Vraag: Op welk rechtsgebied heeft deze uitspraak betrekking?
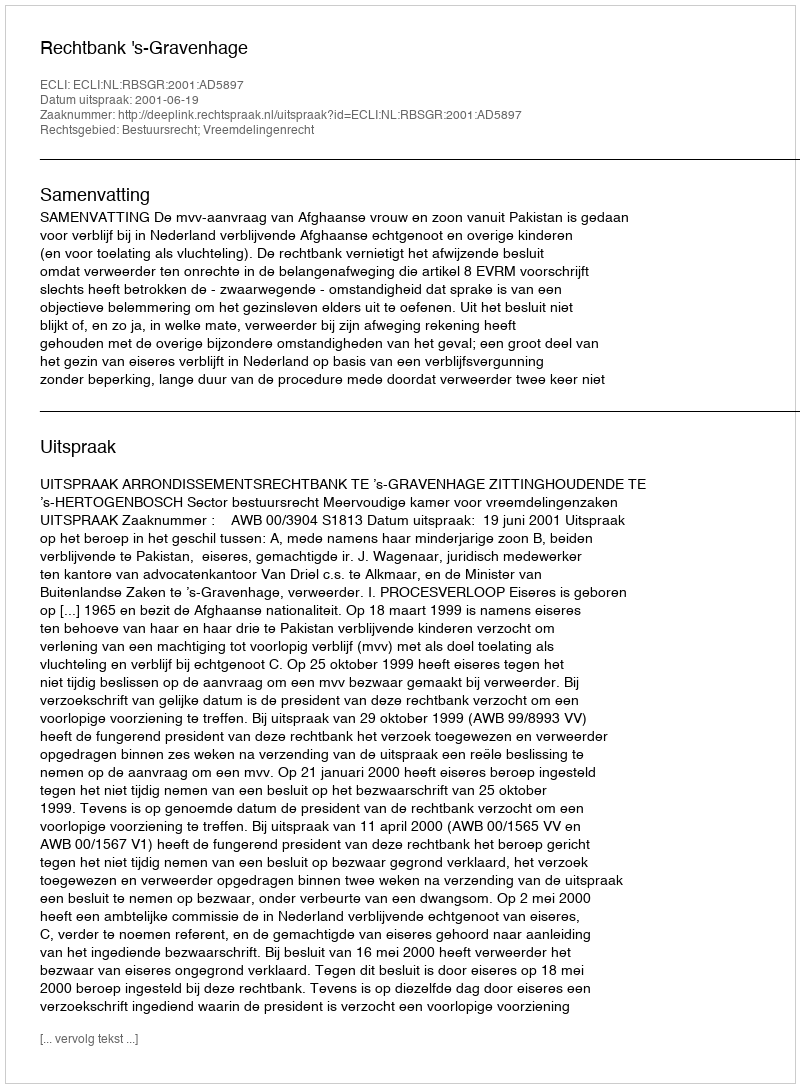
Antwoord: Bestuursrecht; Vreemdelingenrecht